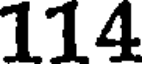
114